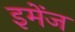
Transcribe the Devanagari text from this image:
इमेंज